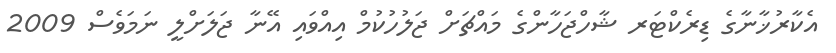
އެކާރުޚާނާގެ ޑިރެކްޓަރ ޝާހްޖަހާންގެ މައްޗަށް ޖަލުހުކުމް އިއްވައި އޭނާ ޖަލަށްލީ ނަމަވެސް 2009